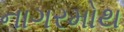
નાગરમોથ